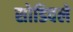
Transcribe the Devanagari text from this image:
सोडिवले